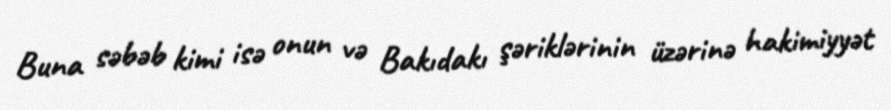
Buna səbəb kimi isə onun və Bakıdakı şəriklərinin üzərinə hakimiyyət